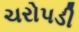
ચરોપડી